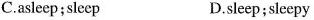
C.asleep;sleep D.sleep;sleepy